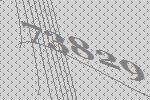
73829